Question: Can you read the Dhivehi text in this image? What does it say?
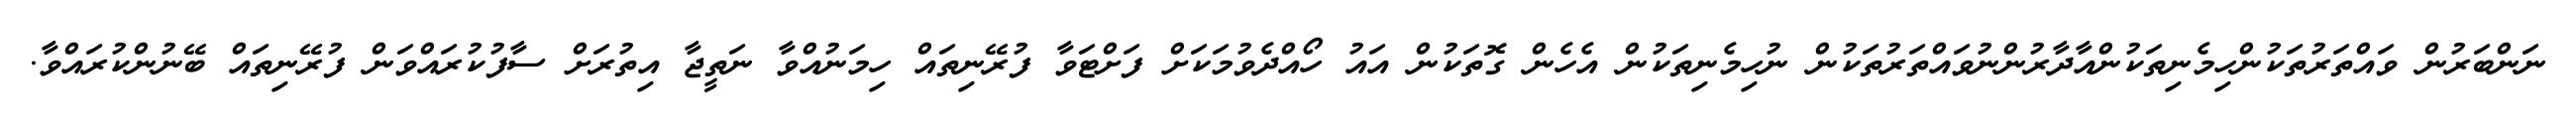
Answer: ނަންބަރުން ވައްތަރުތަކުންހިމެނިތަކުންއާދާރުންނުވައްތަރުތަކުން ނުހިމެނިތަކުން އެހެން ގޮތަކުން އައު ހޯއްދެވުމަކަށް ފަށްޓަވާ ފުރޭނިތައް ހިމަނުއްވާ ނަތީޖާ އިތުރަށް ސާފުކުރައްވަން ފުރޭނިތައް ބޭނުންކުރައްވާ.